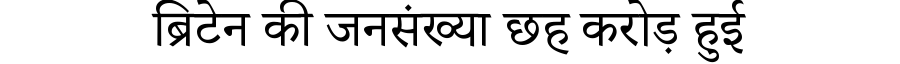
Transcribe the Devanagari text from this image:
ब्रिटेन की जनसंख्या छह करोड़ हुई